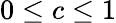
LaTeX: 0\le c\le 1